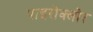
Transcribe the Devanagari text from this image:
पाइरोक्लोर